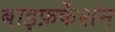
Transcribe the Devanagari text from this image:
बाइफ़र्केशन